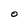
Character: O